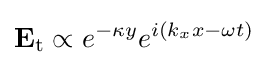
\mathbf {E} _{\text{t}}\propto e^{-\kappa y}e^{i(k_{x}x-\omega t)}